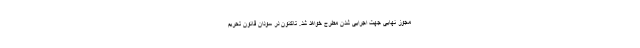
مجوز نهایی جهت اجرایی شدن مطرح خواهد شد. تاکنون در سودان قانون تحریم